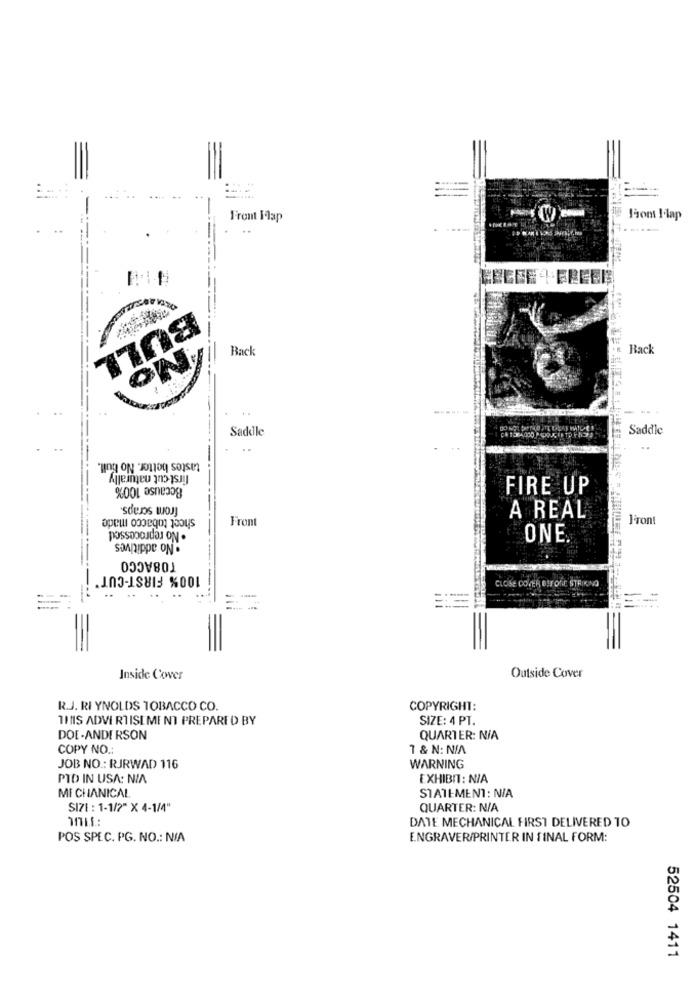
From Ilap
Jiom I-lap
Back
Back
ON
BULL
Saddle
Saddle
..
tastes better. No bull.
first cut naturally
Bccause 100%
FIRE UP
'sdens woJ]
sheet tobacco made
. No reprocessed!
Front
A REAL
Front
· No additives
ONE
TOBACCO
100% FIRST-CUT"
CLOSE DOVER BIFORE STRIKING
=
Inside Cover
Outside Cover
R.J. RI YNOLDS TOBACCO CO.
COPYRIGHT:
THIS ADVERTISEMENT PREPARED BY
SIZE: 4 PT.
DOE-ANDERSON
QUARTER: N/A
COPY NO .:
1 & N: N/A
JOB NO .: RJRWAD 116
WARNING
PID IN USA: NIA
EXHIBIT : N/A
MI CHANICAL
STATEMENT: N/A
SIZE : 1-1/2" X 4-1/4"
QUARTER: N/A
DATE MECHANICAL FIRST DELIVERED TO
POS SPEC. PG. NO .: N/A
ENGRAVER/PRINTER IN FINAL FORM:
52504 1411